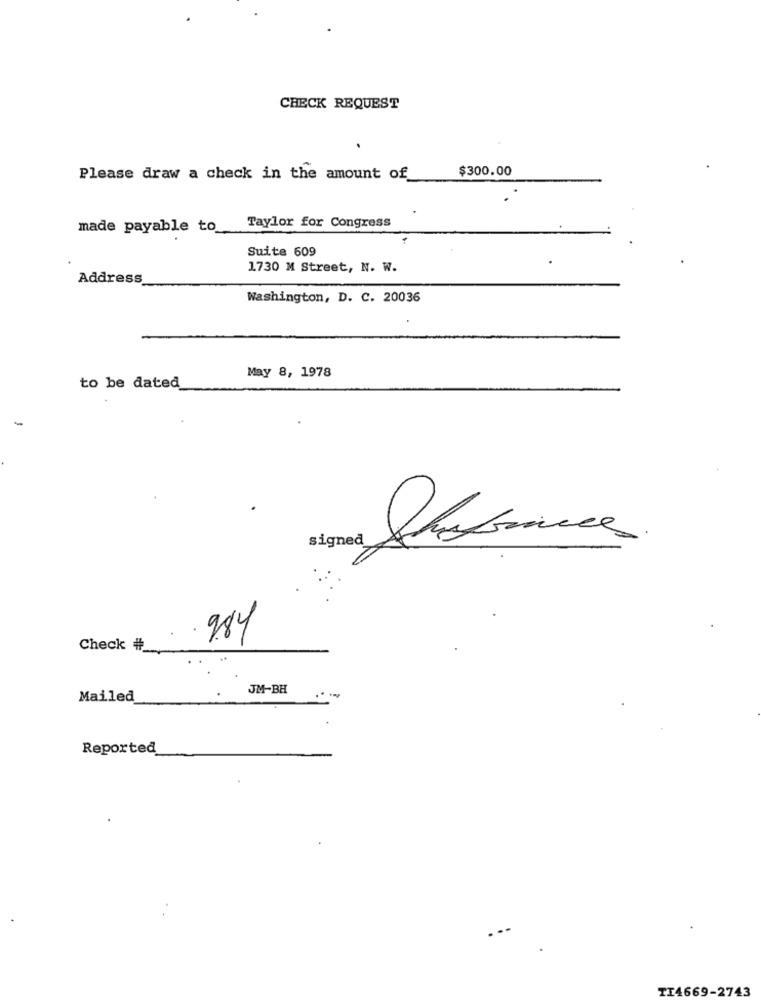
CHECK REQUEST
$300.00
Please draw a check in the amount of
made payable to_
Taylor for Congress
Suite 609
1730 M Street, N. W.
Address
Washington, D. C. 20036
May 8, 1978
to be dated
-
signed
984
Check #_
JM-BH
Mailed
Reported
TI4669-2743